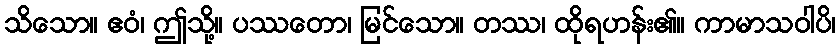
သိသော။ ဧဝံ၊ ဤသို့။ ပဿတော၊ မြင်သော။ တဿ၊ ထိုရဟန်း၏။ ကာမာသဝါပိ၊